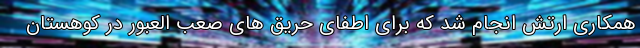
همکاری ارتش انجام شد که برای اطفای حریق های صعب العبور در کوهستان